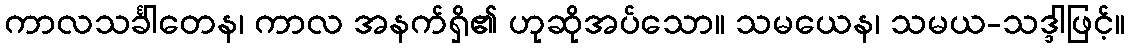
ကာလသင်္ခါတေန၊ ကာလ အနက်ရှိ၏ ဟုဆိုအပ်သော။ သမယေန၊ သမယ-သဒ္ဒါဖြင့်။